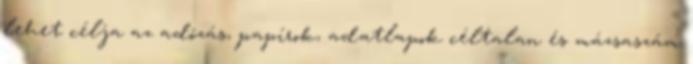
lehet célja az adózás, papírok, adatlapok céltalan és mázsaszám